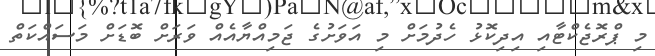
މި ޕްރޮޖެކްޓާއި އިދިކޮޅު ހެދުމަށް މި އަވަށުގެ ޖަމިއްޔާއެއް ވަރަށް ބޮޑަށް މަސައްކަތް